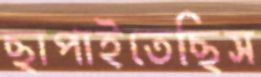
ছাপাইতেছিস